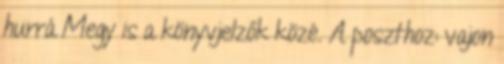
hurrá Megy is a könyvjelzők közé. A poszthoz: vajon